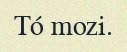
Tó mozi.